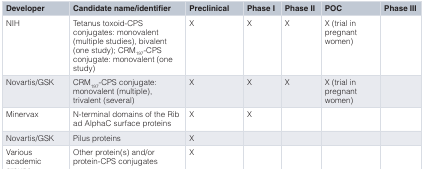
| Developer | Candidate name/identifier | Preclinical | Phase I | Phase II | POC | Phase III |
 | --- | --- | --- | --- | --- | --- | --- |
 | NIH | Tetanus toxoid-CPSconjugates: monovalent(multiple studies), bivalent(one study); CRM197-CPSconjugate: monovalent (onestudy) | X | X | X | X (trial inpregnantwomen) |  |
 | Novartis/GSK | CRM197-CPS conjugate:monovalent (multiple),trivalent (several) | X | X | X | X (trial inpregnantwomen) |  |
 | Minervax | N-terminal domains of the Ribad AlphaC surface proteins | X | X |  |  |  |
 | Novartis/GSK | Pilus proteins | X |  |  |  |  |
 | Variousacademicgroups | Other protein(s) and/orprotein-CPS conjugates | X |  |  |  |  |